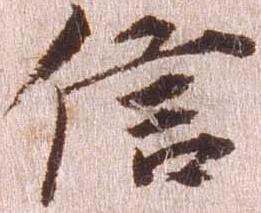
信